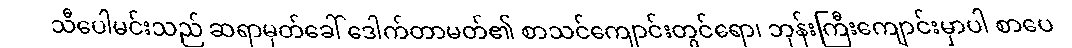
သီပေါမင်းသည် ဆရာမှတ်ခေါ် ဒေါက်တာမတ်၏ စာသင်ကျောင်းတွင်ရော၊ ဘုန်းကြီးကျောင်းမှာပါ စာပေ